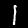
Label: 1